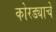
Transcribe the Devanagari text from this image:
कोरड्याचे